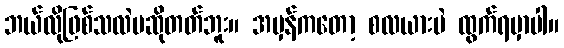
ဘယ်လိုဖြစ်သလဲမဆိုတတ်ဘူး။ အမှန်ကတော့ စလယားပဲ ထွက်ရမှာပါ။